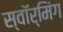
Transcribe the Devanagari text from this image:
स्वॉर्मिंग